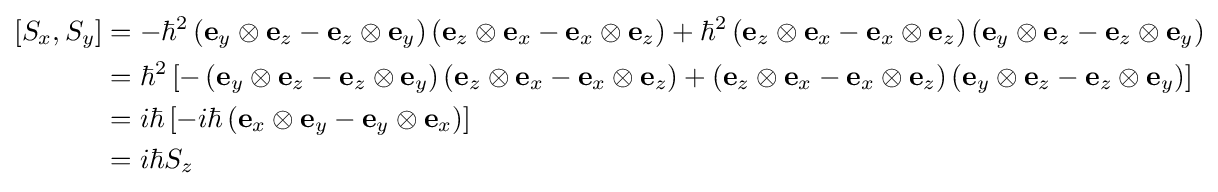
{\begin{aligned}\left[S_{x},S_{y}\right]&=-\hbar ^{2}\left(\mathbf {e} _{y}\otimes \mathbf {e} _{z}-\mathbf {e} _{z}\otimes \mathbf {e} _{y}\right)\left(\mathbf {e} _{z}\otimes \mathbf {e} _{x}-\mathbf {e} _{x}\otimes \mathbf {e} _{z}\right)+\hbar ^{2}\left(\mathbf {e} _{z}\otimes \mathbf {e} _{x}-\mathbf {e} _{x}\otimes \mathbf {e} _{z}\right)\left(\mathbf {e} _{y}\otimes \mathbf {e} _{z}-\mathbf {e} _{z}\otimes \mathbf {e} _{y}\right)\\&=\hbar ^{2}\left[-\left(\mathbf {e} _{y}\otimes \mathbf {e} _{z}-\mathbf {e} _{z}\otimes \mathbf {e} _{y}\right)\left(\mathbf {e} _{z}\otimes \mathbf {e} _{x}-\mathbf {e} _{x}\otimes \mathbf {e} _{z}\right)+\left(\mathbf {e} _{z}\otimes \mathbf {e} _{x}-\mathbf {e} _{x}\otimes \mathbf {e} _{z}\right)\left(\mathbf {e} _{y}\otimes \mathbf {e} _{z}-\mathbf {e} _{z}\otimes \mathbf {e} _{y}\right)\right]\\&=i\hbar \left[-i\hbar \left(\mathbf {e} _{x}\otimes \mathbf {e} _{y}-\mathbf {e} _{y}\otimes \mathbf {e} _{x}\right)\right]\\&=i\hbar S_{z}\end{aligned}}